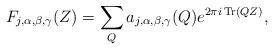
LaTeX: \begin{align*} F_{j,\alpha,\beta,\gamma}(Z)=\sum_{Q}a_{j,\alpha,\beta,\gamma}(Q)e^{2\pi i\,{\rm Tr}(QZ)},\end{align*}